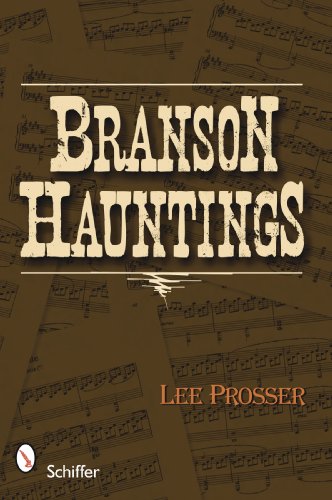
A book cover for Branson Hauntings; Lee Prosser; Travel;